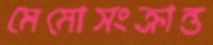
মেমোসংক্রান্ত